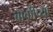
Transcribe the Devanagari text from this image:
बाकींच्या